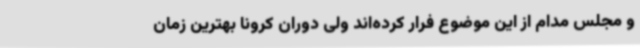
و مجلس مدام از این موضوع فرار کرده‌اند ولی دوران کرونا بهترین زمان